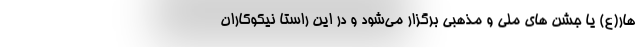
هار(ع) یا جشن های ملی و مذهبی برگزار می‌شود و در این راستا نیکوکاران